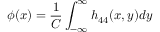
\phi ( x ) = \frac { 1 } { C } \int _ { - \infty } ^ { \infty } h _ { 4 4 } ( x , y ) d y